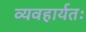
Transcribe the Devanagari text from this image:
व्यवहार्यतः